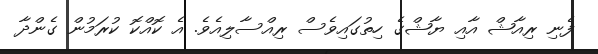
ފެނި ރިއާޝް އާއި ޔާޝްގެ ހިތުގައިވެސް ރިއްސާލިއެވެ. އެ ކޮއްކޮ ކުރަމުން ގެންދާ